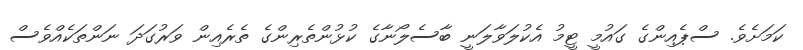
ކަމަށެވެ. ސްޕެއިންގެ ގައުމީ ޓީމު އެކުލަވާލަނީ ބާސެލޯނާގެ ކުޅުންތެރިންގެ ތެރެއިން ވަރުގަދަ ނަންތަކެއްވެސް